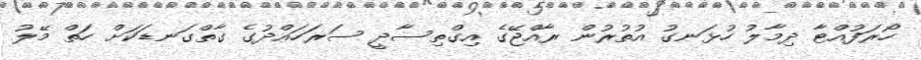
ހޯރަފުއްޓާ ދިމާލު ހުޅަނގު އުތުރުން ރާއްޖޭގެ އިގްތިސާދީ ސަރަހައްދުގެ ގާތްގަނޑަކަށް ހަތް މޭލު